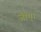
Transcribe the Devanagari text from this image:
जीए।